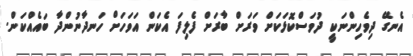
އެނގޭ ދިވެހިންނަކީ ދުވަސްކޮޅަކަށް ވަރަށް ބާރަށް ފެލިފަ އެކަން އަވަހަށް ހަނދާނުންދާ ބައެއްކަން.